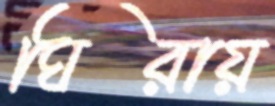
ঘিরায়